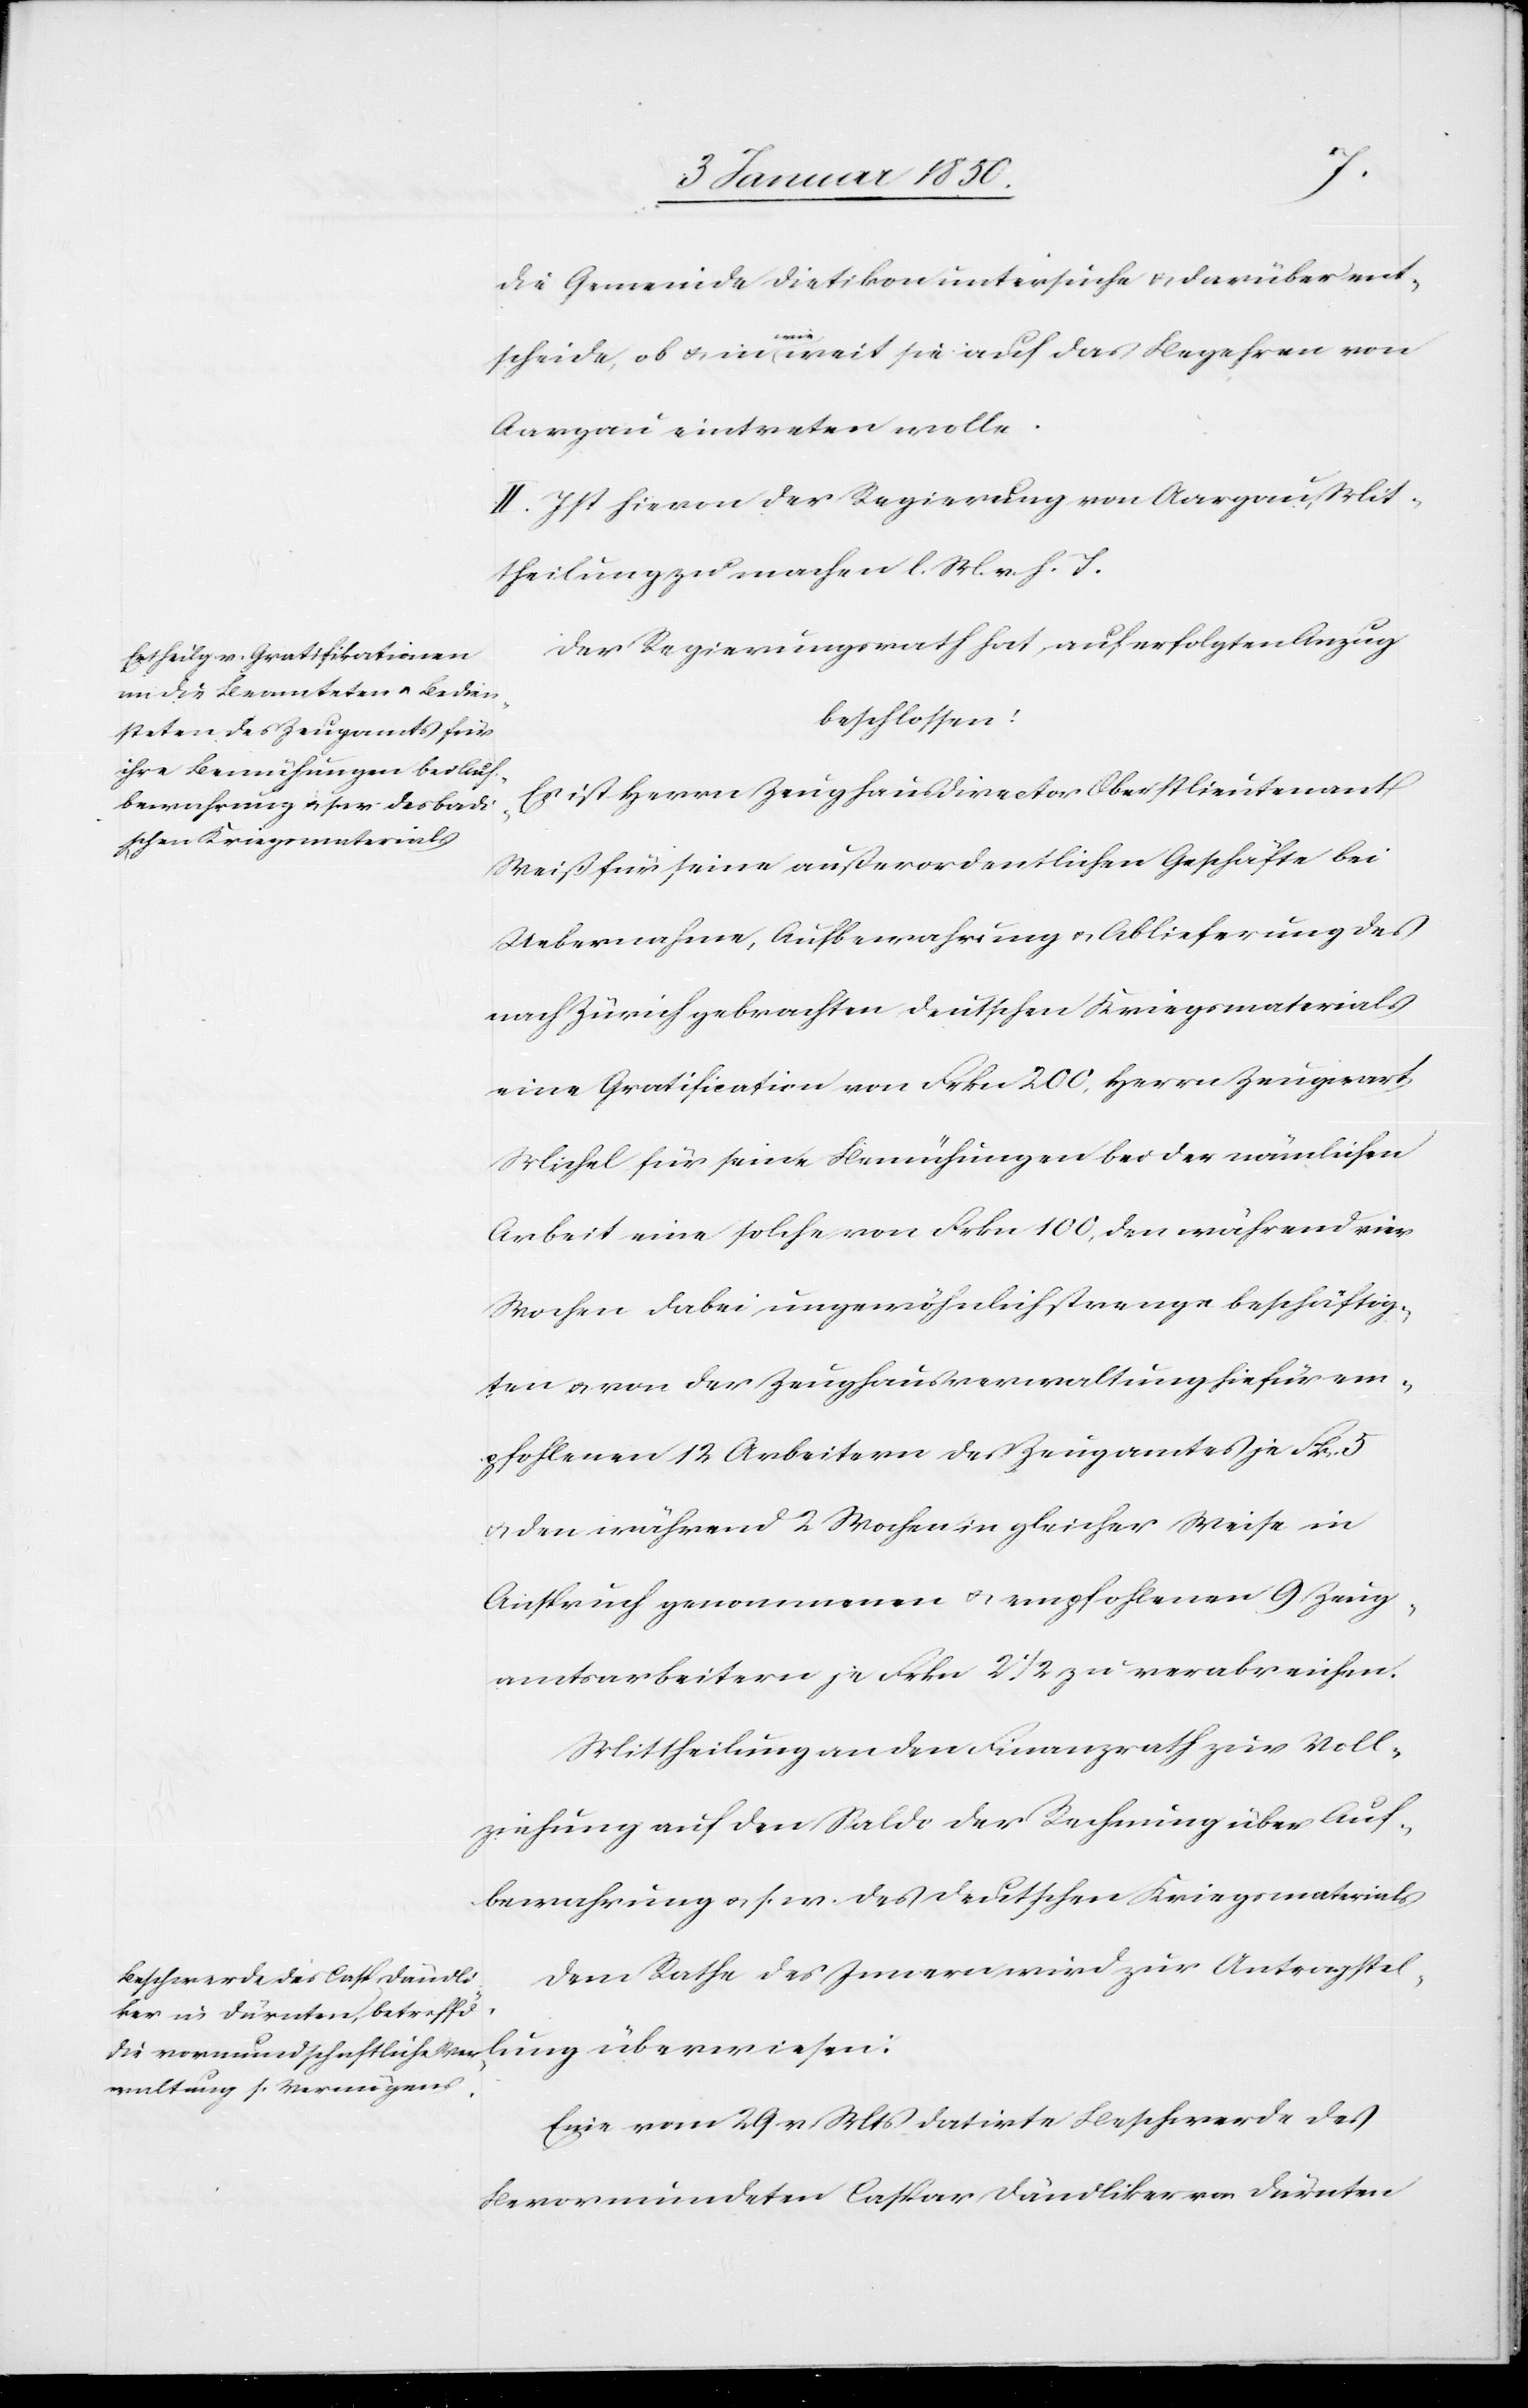
die Gemeinde Dietikon untersuche u. darüber ent¬
lung
scheide, ob u. in wie weit sie auf das Begehren von
Aargau eintreten wolle.
II. Ist hievon der Regierung von Aargau Mit¬
theilung zu machen l. M. v. h. T.
Der Regierungsrath hat, auf erfolgten Anzug
beschlossen:
Es ist Herrn Zeughausdirector Oberstlieutenant
Weiß für seine außerordentlichen Geschäfte bei
Uebernahme, Aufbewahrung u. Ablieferung des
nach Zürich gebrachten deutschen Kriegsmaterials
eine Gratification von Frkn 200, Herrn Zeugwart
Michel für seine Bemühungen bes der nämlichen
Arbeit eine solche von Frkn 100, den während vier
Wochen dabei ungewöhnlich strenge beschäftig¬
ten u. von der Zeughausverwaltung hiefür em¬
pfohlenen 12 Arbeitern des Zeugamtes je Fr. 5
u. den während 2 Wochen in gleicher Weise in
Anspruch genommenen u. empfohlenen 9 Zeug¬
amtsarbeitern je Frkn 2 ½ zu verabreichen.
Mittheilung an den Finanzrath zur Voll¬
ziehung auf den Saldo der Rechnung über Auf¬
bewahrung u. s. w. des deutschen Kriegsmaterials
Dem Rathe des Innern wird zur Antragstel¬
Eine vom 29 v Mts datirte Beschwerde des
Bevormundeten Caspar Dändliker von Dürnten